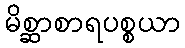
မိစ္ဆာစာရပစ္စယာ